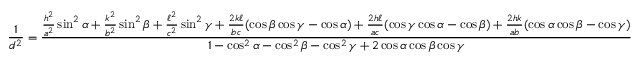
{ \frac { 1 } { d ^ { 2 } } } = { \frac { { \frac { h ^ { 2 } } { a ^ { 2 } } } \sin ^ { 2 } \alpha + { \frac { k ^ { 2 } } { b ^ { 2 } } } \sin ^ { 2 } \beta + { \frac { \ell ^ { 2 } } { c ^ { 2 } } } \sin ^ { 2 } \gamma + { \frac { 2 k \ell } { b c } } ( \cos \beta \cos \gamma - \cos \alpha ) + { \frac { 2 h \ell } { a c } } ( \cos \gamma \cos \alpha - \cos \beta ) + { \frac { 2 h k } { a b } } ( \cos \alpha \cos \beta - \cos \gamma ) } { 1 - \cos ^ { 2 } \alpha - \cos ^ { 2 } \beta - \cos ^ { 2 } \gamma + 2 \cos \alpha \cos \beta \cos \gamma } }